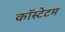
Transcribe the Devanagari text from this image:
कॉस्टेटम